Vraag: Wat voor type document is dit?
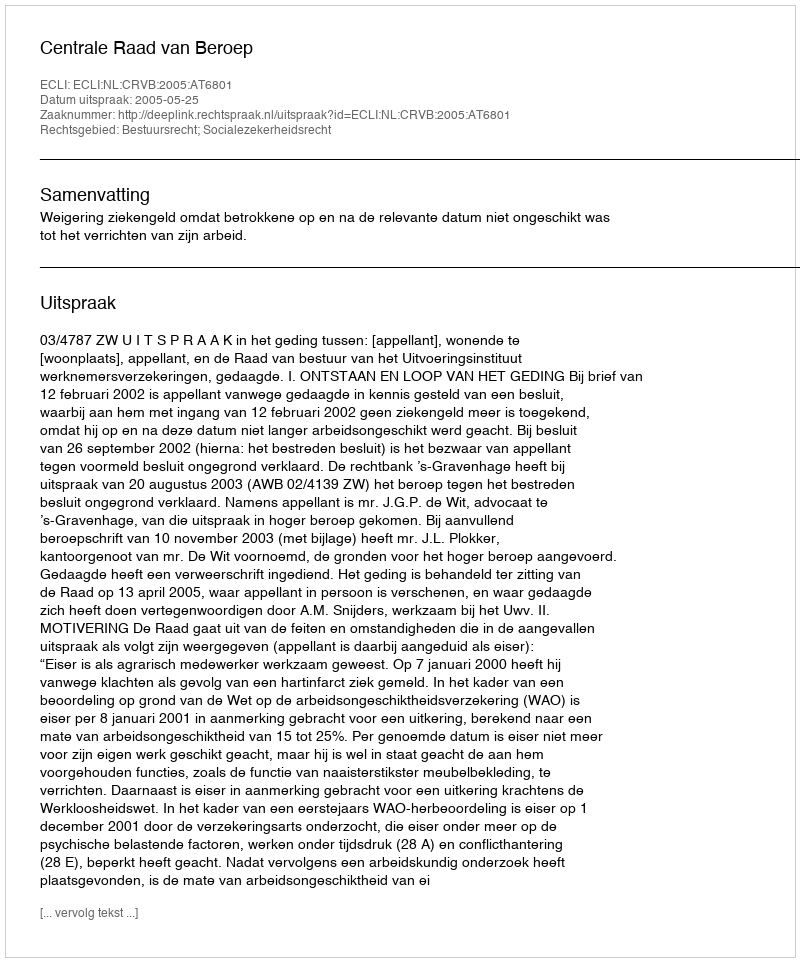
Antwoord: Uitspraak